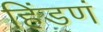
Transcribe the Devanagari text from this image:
हिंडणं